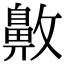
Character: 𪖖